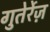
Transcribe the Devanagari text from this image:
गुतेर्रेज़